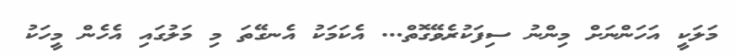
މަލަކީ އަހަންނަށް މިންނު ސިފަކުރެވޭގޮތް... އެކަމަކު އެނގޭތަ މި މަލުގައި އެހެން މީހަކު